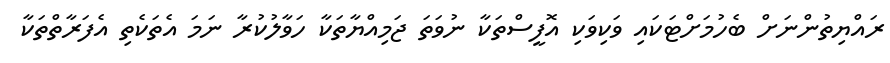
ރައްޔިތުންނަށް ބެހުމަށްޓަކައި ވަކިވަކި އޮފީސްތަކާ ނުވަތަ ޖަމިއްޔާތަކާ ހަވާލުކުރާ ނަމަ އެތަކެތި އެފަރާތްތަކާ